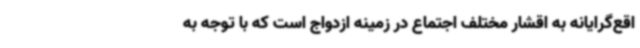
اقع‌گرایانه به اقشار مختلف اجتماع در زمینه ازدواج است که با توجه به